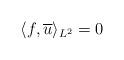
LaTeX: \begin{align*}\langle f , \overline{u}\rangle _{L^2}=0\end{align*}